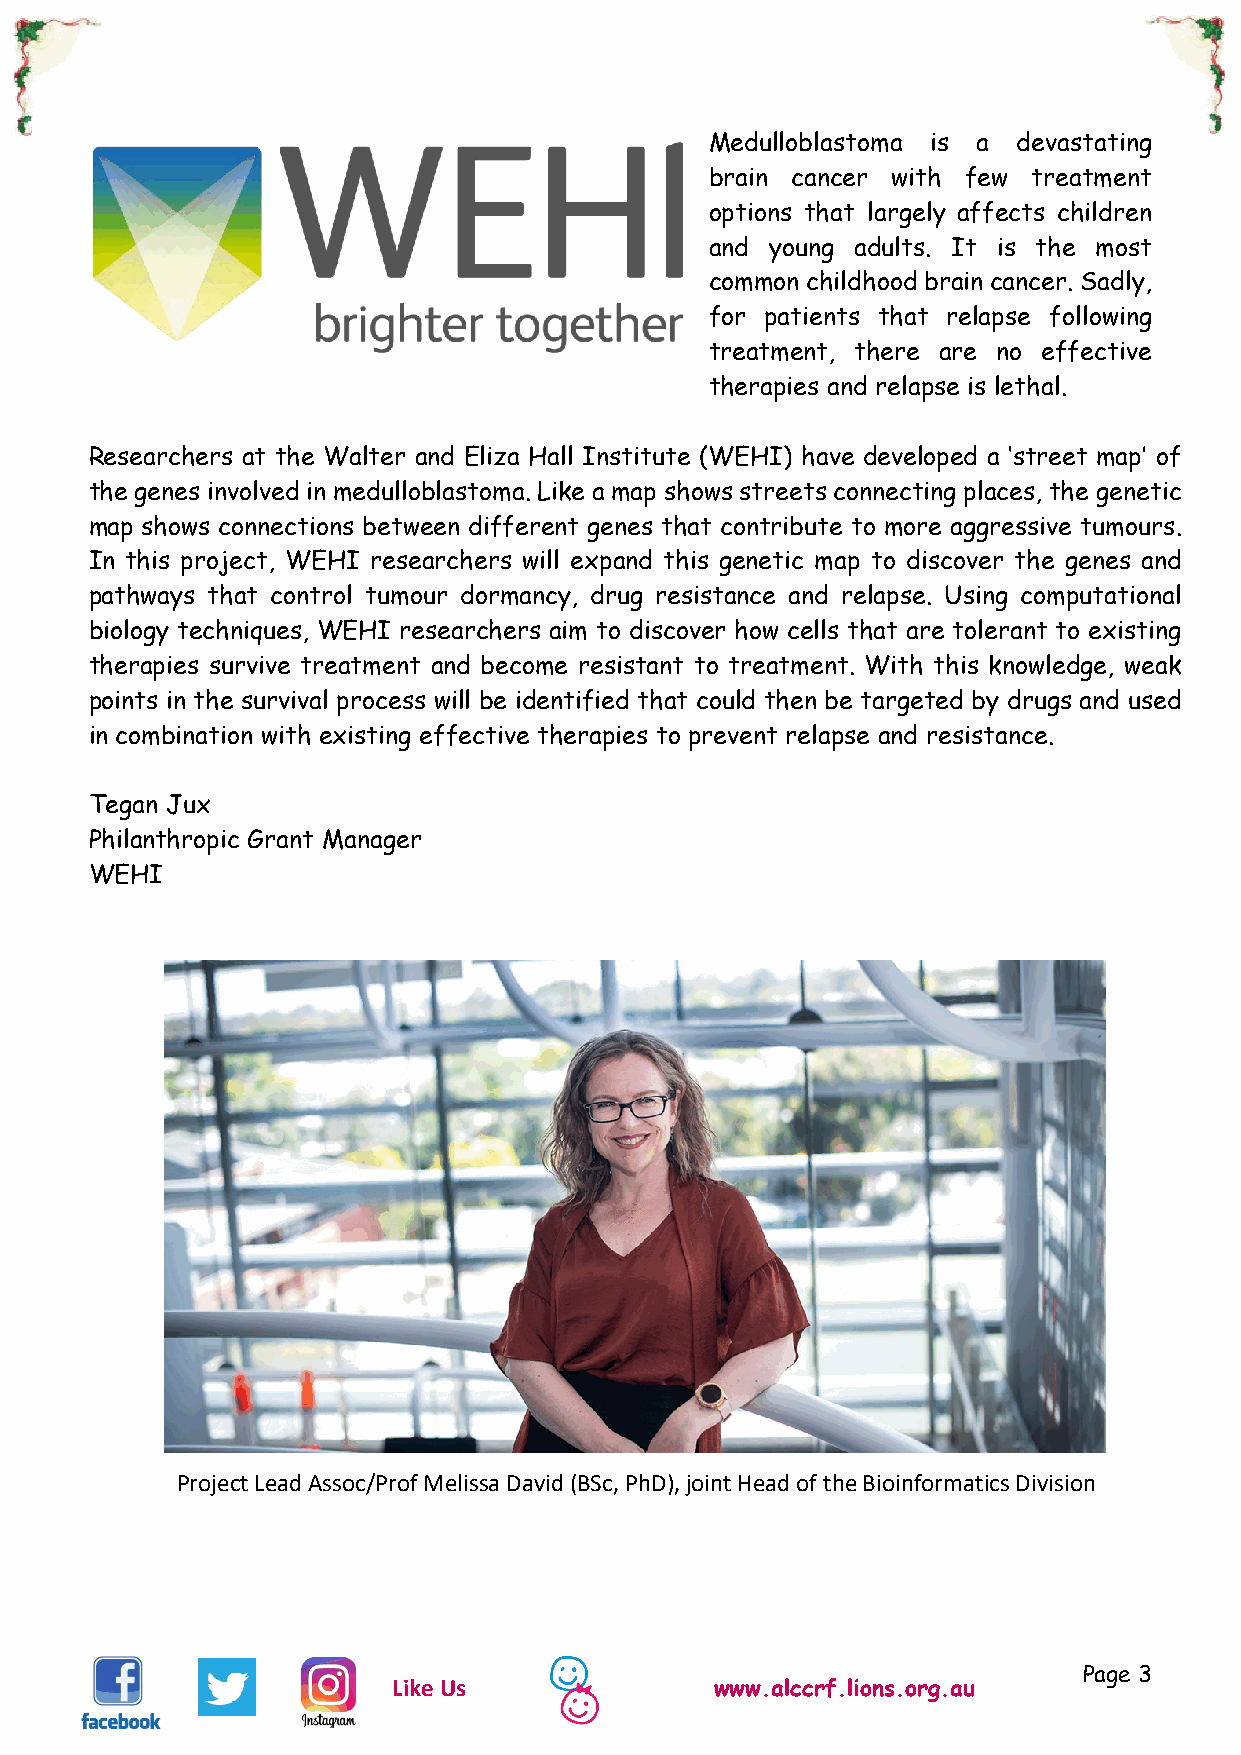
Medulloblastoma is a devastating
 brain cancer with few treatment
 options that largely affects children
 and young adults. It is the most
 common childhood brain cancer. Sadly,
 for patients that relapse following
 treatment, there are no effective
 therapies and relapse is lethal.
 Researchers at the Walter and Eliza Hall Institute (WEHI) have developed a ‘street map’ of
 the genes involved in medulloblastoma. Like a map shows streets connecting places, the genetic
 map shows connections between different genes that contribute to more aggressive tumours.
 In this project, WEHI researchers will expand this genetic map to discover the genes and
 pathways that control tumour dormancy, drug resistance and relapse. Using computational
 biology techniques, WEHI researchers aim to discover how cells that are tolerant to existing
 therapies survive treatment and become resistant to treatment. With this knowledge, weak
 points in the survival process will be identified that could then be targeted by drugs and used
 in combination with existing effective therapies to prevent relapse and resistance.
 Tegan Jux
 Philanthropic Grant Manager
 WEHI
 Project Lead Assoc/Prof Melissa David (BSc, PhD), joint Head of the Bioinformatics Division
 Page 3
 Like Us              www.alccrf.lions.org.au